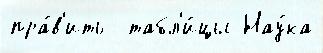
пра́в'ить  табл'и́цы Нау́ка